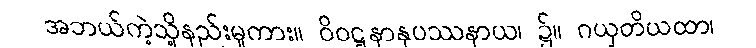
အဘယ်ကဲ့သို့နည်းမူကား။ ဝိဝဋ္ဋနာနုပဿနာယ၊ ၌။ ဂယှတိယထာ၊